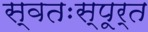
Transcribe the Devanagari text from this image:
स्वतःस्पूर्त